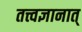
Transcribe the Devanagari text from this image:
तत्त्वज्ञानात्